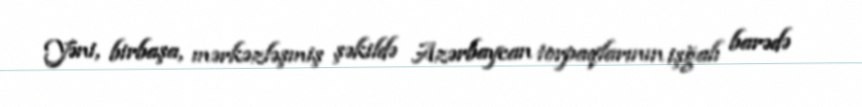
Yəni, birbaşa, mərkəzləşmiş şəkildə Azərbaycan torpaqlarının işğalı barədə